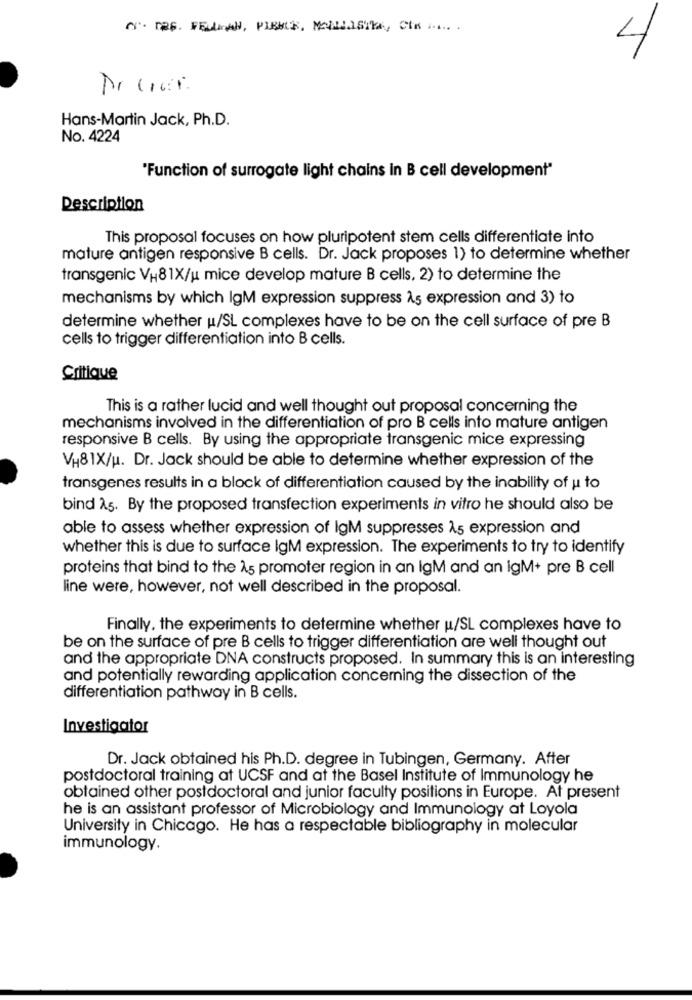
. Tas. FELLAH, PIBHUS, MONLISTE, Cis
4
Hans-Martin Jack, Ph.D.
No. 4224
'Function of surrogate light chains In B cell development"
Description
This proposal focuses on how pluripotent stem cells differentiate into
mature antigen responsive B cells. Dr. Jack proposes 1) to determine whether
transgenic VH81X/u mice develop mature B cells, 2) to determine the
mechanisms by which IgM expression suppress Às expression and 3) to
determine whether u/SL complexes have to be on the cell surface of pre B
cells to trigger differentiation into B cells.
Critique
This is a rather lucid and well thought out proposal concerning the
mechanisms involved in the differentiation of pro B cells into mature antigen
responsive B cells. By using the appropriate transgenic mice expressing
VH81X/u. Dr. Jack should be able to determine whether expression of the
transgenes results in a block of differentiation caused by the inability of u to
bind 15. By the proposed transfection experiments in vitro he should also be
able to assess whether expression of IgM suppresses 15 expression and
whether this is due to surface IgM expression. The experiments to try to identify
proteins that bind to the 15 promoter region in an IgM and an igM+ pre B cell
line were, however, not well described in the proposal.
Finally, the experiments to determine whether u/SL complexes have to
be on the surface of pre B cells to trigger differentiation are well thought out
and the appropriate DNA constructs proposed. In summary this is an interesting
and potentially rewarding application concerning the dissection of the
differentiation pathway in B cells.
Investigator
Dr. Jack obtained his Ph.D. degree in Tubingen, Germany. After
postdoctoral training at UCSF and at the Basel Institute of Immunology he
obtained other postdoctoral and junior faculty positions in Europe. At present
he is an assistant professor of Microbiology and Immunology at Loyola
University in Chicago. He has a respectable bibliography in molecular
immunology.